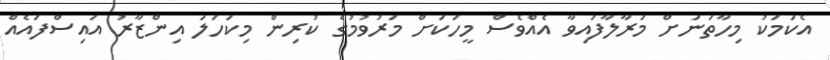
އެކަމަކު މިހާތަނަށް މަރާލާފައިވާ އެއްވެސް މީހަކަށް މަރުވުމުގެ ކުރިން މިކަހަލަ އިންޒާރު އައިސްފައެއް